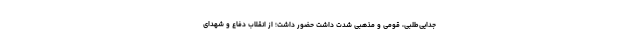
جدایی‌طلبی، قومی و مذهبی شدت داشت حضور داشت؛ از انقلاب دفاع و شهدای